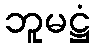
ဘူမဋ္ဌံ